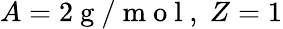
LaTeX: A=2{\mathrm{~g~/~m~o~l~}},\; Z=1